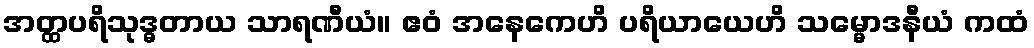
အတ္ထပရိသုဒ္ဓတာယ သာရဏီယံ။ ဧဝံ အနေကေဟိ ပရိယာယေဟိ သမ္မောဒနီယံ ကထံ